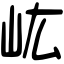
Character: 𡵓